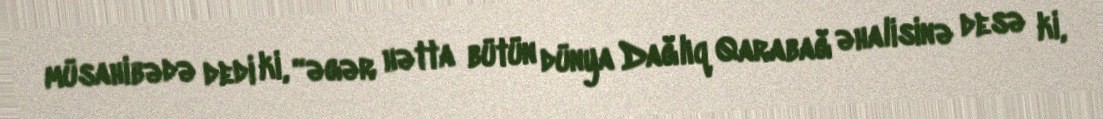
müsahibədə dedi ki, “əgər hətta bütün dünya Dağlıq Qarabağ əhalisinə desə ki,